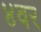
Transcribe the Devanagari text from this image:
४वर